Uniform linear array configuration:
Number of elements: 16
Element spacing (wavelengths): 0.25
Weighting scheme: cosine
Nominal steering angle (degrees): -30
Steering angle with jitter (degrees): -28.003
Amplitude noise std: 0.05
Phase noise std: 0.05

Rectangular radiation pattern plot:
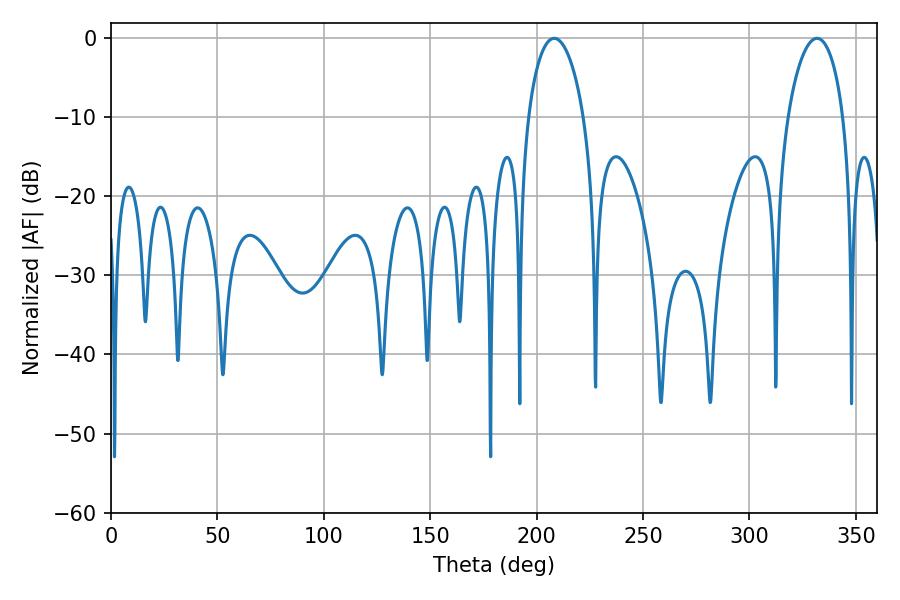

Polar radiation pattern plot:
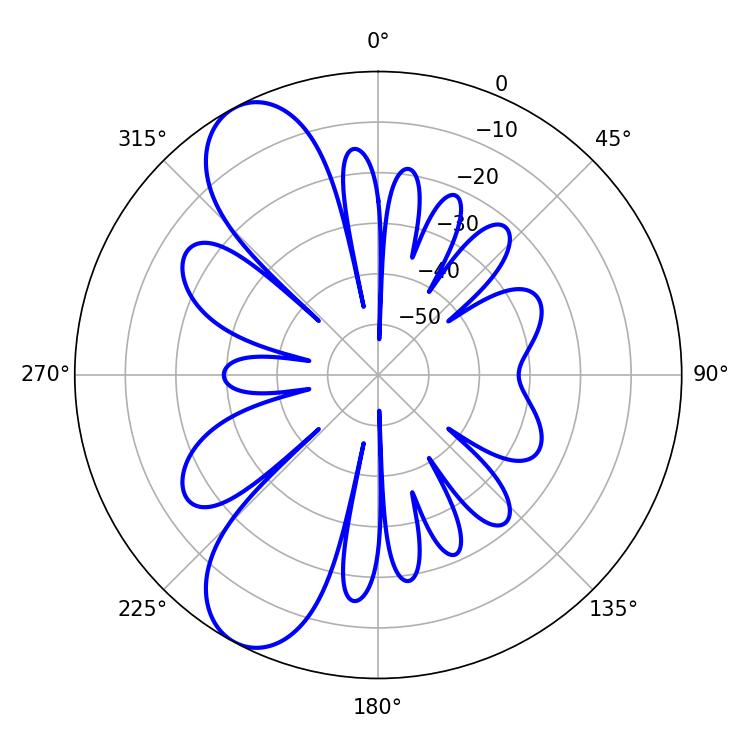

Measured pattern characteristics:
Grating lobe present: FALSE
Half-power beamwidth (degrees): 14.94
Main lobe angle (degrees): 208.26